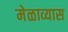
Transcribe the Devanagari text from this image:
मेळाव्यास